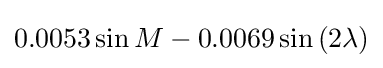
0.0053\sin M-0.0069\sin \left(2\lambda \right)